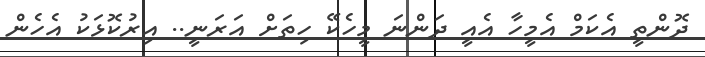
ދޮންތީ އެކަމް އެމީހާ އެއީ ދަންނަ މީހެކޭ ހިތަށް އަރަނީ.. އިރުކޮޅަކު އެހެން